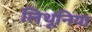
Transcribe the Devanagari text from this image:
लिथूनिया